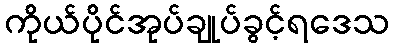
ကိုယ်ပိုင်အုပ်ချုပ်ခွင့်ရဒေသ